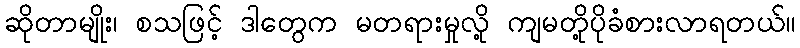
ဆိုတာမျိုး၊ စသဖြင့် ဒါတွေက မတရားမှုလို့ ကျမတို့ပိုခံစားလာရတယ်။